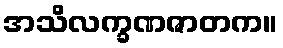
အသိလက္ခဏဇာတက။